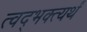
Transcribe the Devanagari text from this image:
त्वद्भक्त्यर्थं